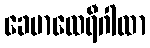
ခေမာထေရီဂါထာ